Annual returns of the Patna Lunatic Asylum at Bankipore in Bihar and Orissa - 1912-1924
Year: 1912
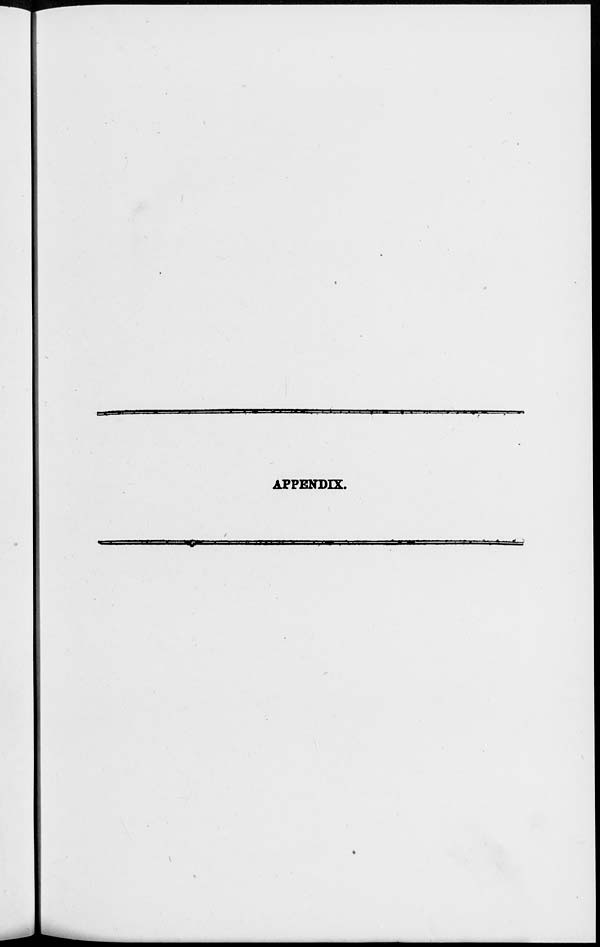
APPENDIX.